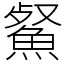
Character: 䱗